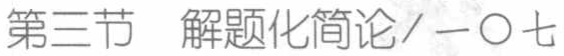
第三节 解题化简论/一〇七